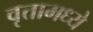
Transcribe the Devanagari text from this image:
वृत्तामध्ये